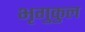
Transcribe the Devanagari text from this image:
भृगुकुल